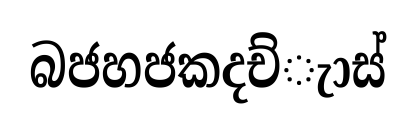
බජහජකදච්ැාස්